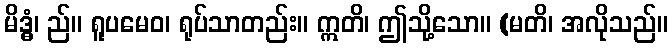
မိဒ္ဓံ၊ ည်။ ရူပမေဝ၊ ရုပ်သာတည်း။ ဣတိ၊ ဤသို့သော။ (မတိ၊ အလိုသည်။